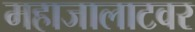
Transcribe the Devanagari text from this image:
महाजालाटवर